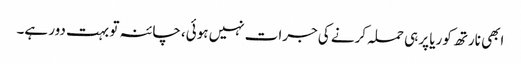
ابھی نارتھ کوریا پر ہی حملہ کرنے کی جرات نہیں ہوئی، چائنہ تو بہت دور ہے۔